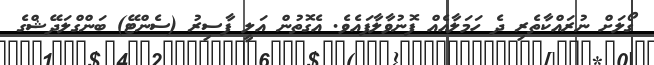
ގޯލަށް ނުރައްކާތެރި ދެ ހަމަލާއެއް ފޮނުވާލާފައެވެ. އެގޮތުން އަލީ ފާސިރު (ސެންޓޭ) ބަންގްލަދޭޝްގެ